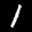
Label: 1